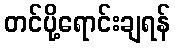
တင်ပို့ရောင်းချရန်